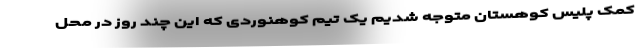
کمک پلیس کوهستان متوجه شدیم یک تیم کوهنوردی که این چند روز در محل